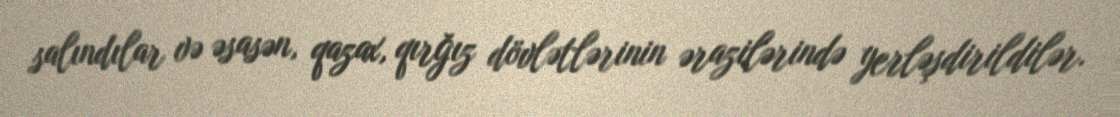
salındılar və əsasən, qazax, qırğız dövlətlərinin ərazilərində yerləşdirildilər.